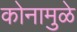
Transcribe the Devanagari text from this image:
कोनामुळे